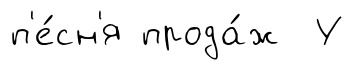
п'е́сн'я прода́ж У